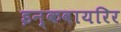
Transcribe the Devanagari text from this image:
इन्कवायरिर